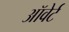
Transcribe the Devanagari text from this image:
ऑवेर्ट